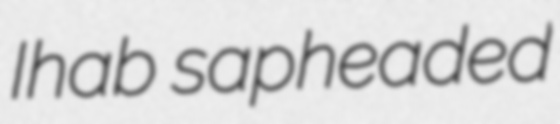
Ihab sapheaded